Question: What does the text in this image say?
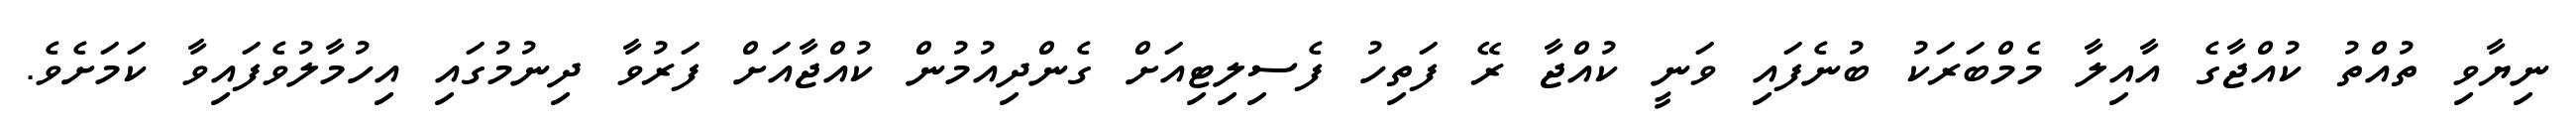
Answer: ނިޔާވި ތުއްތު ކުއްޖާގެ އާއިލާ މެމްބަރަކު ބުނެފައި ވަނީ ކުއްޖާ ރޭ ފަތިހު ފެސިލިޓިއަށް ގެންދިއުމުން ކުއްޖާއަށް ފަރުވާ ދިނުމުގައި އިހުމާލުވެފައިވާ ކަމަށެވެ.